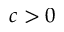
c > 0